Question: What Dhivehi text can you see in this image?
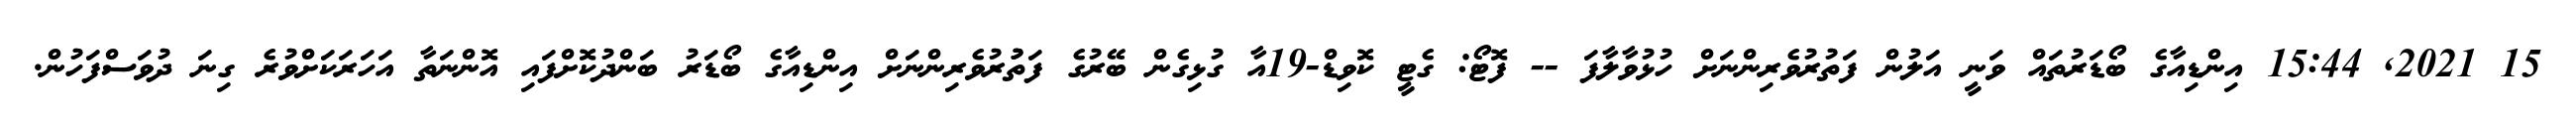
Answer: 15 2021, 15:44 އިންޑިއާގެ ބޯޑަރުތައް ވަނީ އަލުން ފަތުރުވެރިންނަށް ހުޅުވާލާފަ -- ފޮޓޯ: ގެޓީ ކޮވިޑް-19އާ ގުޅިގެން ބޭރުގެ ފަތުުރުވެރިންނަށް އިންޑިއާގެ ބޯޑަރު ބަންދުކޮށްފައި އޮންނަތާ އަހަރަކަށްވުރެ ގިނަ ދުވަސްފަހުން.